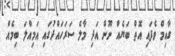
ގާއިމް ވެފައި އޮތް ބަޔެއް ނޫން އަދި މާލެ ސަރަހައްދުގައި އަމިއްލަ ބިމެއް